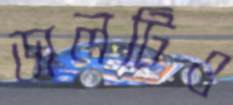
ডালটিও